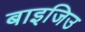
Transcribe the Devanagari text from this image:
बाइजिउ